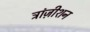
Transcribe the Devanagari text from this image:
ट्रांज़ीशन